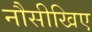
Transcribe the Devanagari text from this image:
नौसीखिए